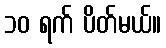
၁၀ ရက် ပိတ်မယ်။